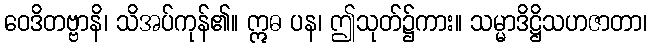
ဝေဒိတဗ္ဗာနိ၊ သိအပ်ကုန်၏။ ဣဓ ပန၊ ဤသုတ်၌ကား။ သမ္မာဒိဋ္ဌိသဟဇာတာ၊